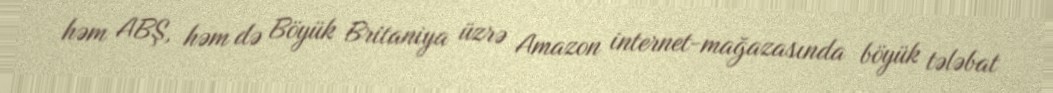
həm ABŞ, həm də Böyük Britaniya üzrə Amazon internet-mağazasında böyük tələbat